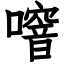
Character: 噾